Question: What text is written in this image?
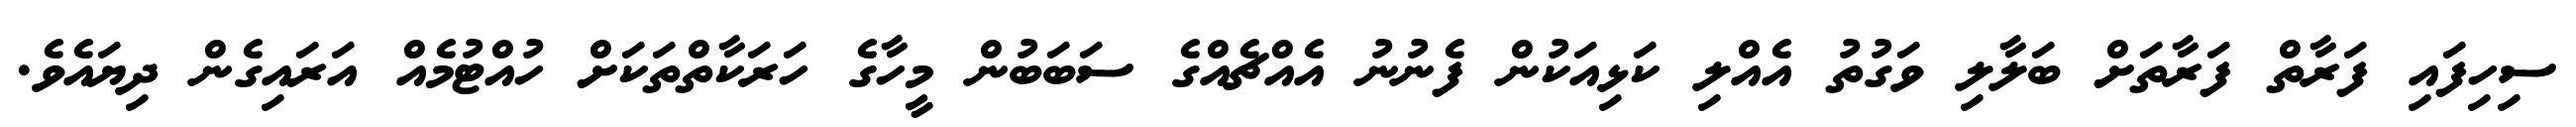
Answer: ސިހިފައި ފަރާތް ފަރާތަށް ބަލާލި ވަގުތު އެއްލި ކަޅިއަކުން ފެނުނު އެއްޗެއްގެ ސަބަބުން މީހާގެ ހަރަކާތްތަކަށް ހުއްޓުމެއް އަރައިގެން ދިޔައެވެ.